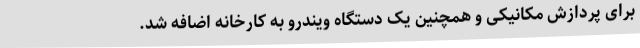
برای پردازش مکانیکی و همچنین یک دستگاه ویندرو به کارخانه اضافه شد.